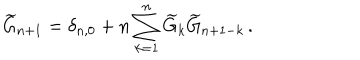
LaTeX: \widetilde { G } _ { n + 1 } = \delta _ { n , 0 } + n \sum _ { k = 1 } ^ { n } \widetilde { G } _ { k } \widetilde { G } _ { n + 1 - k } \, .